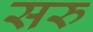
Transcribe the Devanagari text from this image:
सरु